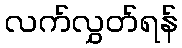
လက်လွှတ်ရန်